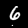
Label: 6